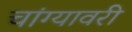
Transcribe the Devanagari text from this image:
चांग्यावरी